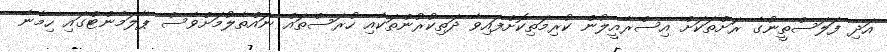
އަދި ފަލަސްތީނުގެ ރަށްތަކަށް އިސްރާއީލުން ކުރިމަތިކޮށްފައިވާ ދަތިކުރުންތަކާއި ހުރަސްތައް ނައްތާލުމަށްވެސް ޕާލަމެންޓްގައި ހިމެނޭ